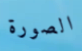
الصورة